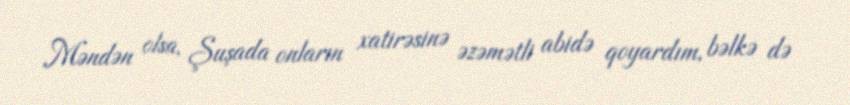
Məndən olsa, Şuşada onların xatirəsinə əzəmətli abidə qoyardım, bəlkə də